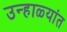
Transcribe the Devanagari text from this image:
उन्हाळ्यांत